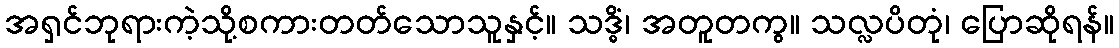
အရှင်ဘုရားကဲ့သို့စကားတတ်သောသူနှင့်။ သဒ္ဓိံ၊ အတူတကွ။ သလ္လပိတုံ၊ ပြောဆိုရန်။